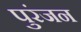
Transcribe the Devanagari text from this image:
पुरंजन